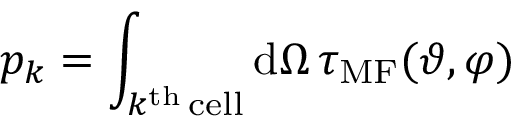
p _ { k } = \int _ { k ^ { \mathrm { t h } } \, \mathrm { c e l l } } \mathrm { d } \Omega \, \tau _ { \mathrm { M F } } ( \vartheta , \varphi )